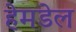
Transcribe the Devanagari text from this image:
हेमडेल